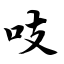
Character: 吱